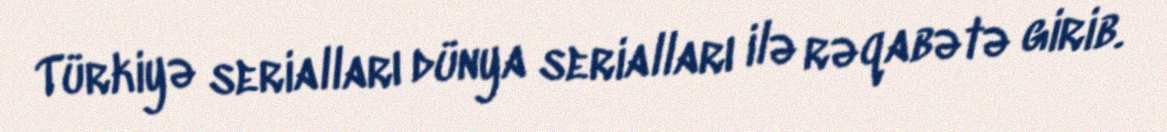
Türkiyə serialları dünya serialları ilə rəqabətə girib.